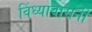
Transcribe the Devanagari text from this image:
विंध्यावासनी